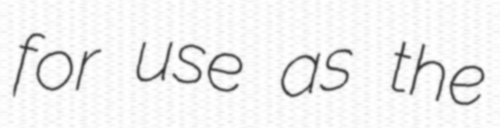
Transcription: for use as the